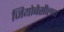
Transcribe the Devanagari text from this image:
जियोबैसीलस